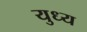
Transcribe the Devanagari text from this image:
युध्य